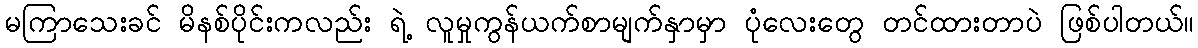
မကြာသေးခင် မိနစ်ပိုင်းကလည်း ရဲ့ လူမှုကွန်ယက်စာမျက်နှာမှာ ပုံလေးတွေ တင်ထားတာပဲ ဖြစ်ပါတယ်။